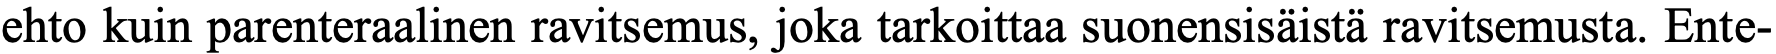
ehto kuin parenteraalinen ravitsemus, joka tarkoittaa suonensisäistä ravitsemusta. Ente-